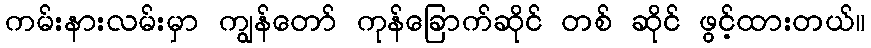
ကမ်းနားလမ်းမှာ ကျွန်တော် ကုန်ခြောက်ဆိုင် တစ် ဆိုင် ဖွင့်ထားတယ်။